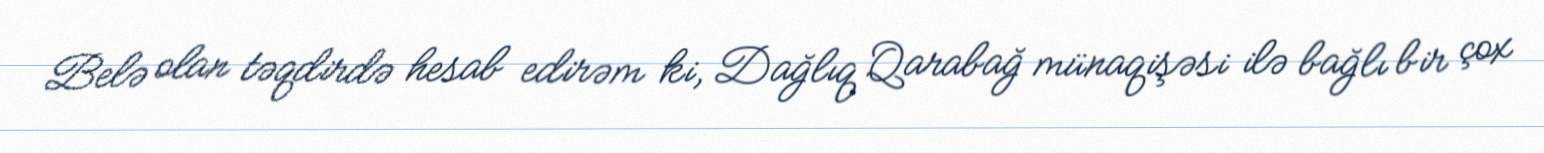
Belə olan təqdirdə hesab edirəm ki, Dağlıq Qarabağ münaqişəsi ilə bağlı bir çox